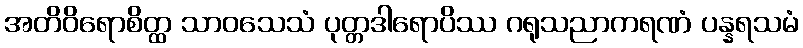
အတိဝိရောစိတ္ထ သာဝသေသံ ပုတ္တဒါရောပိဿ ဂရုသညာကရဏံ ပန္နရသမံ